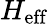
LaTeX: H_{\mathrm{eff}}